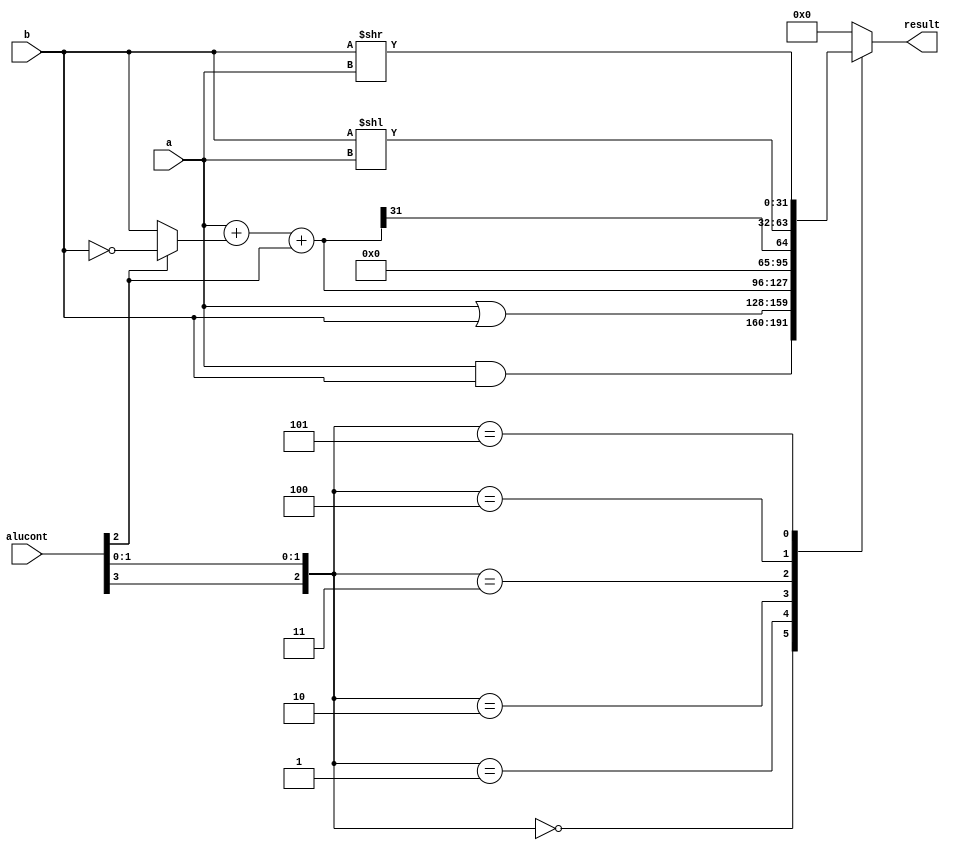
`timescale 1ns / 1ps
//////////////////////////////////////////////////////////////////////////////////
// Company: 
// Engineer: 
// 
// Design Name: 
// Module Name: alu
// Project Name: 
// Target Devices: 
// Tool Versions: 
// Description: 
// 
// Dependencies: 
// 
// Revision:
// Revision 0.01 - File Created
// Additional Comments:
// 
//////////////////////////////////////////////////////////////////////////////////


module alu #(parameter WIDTH = 32) (
    input       [WIDTH-1:0]     a, b,
    input       [3      :0]     alucont,
    output reg  [WIDTH-1:0]     result
    );
    
    wire    [WIDTH-1:0]     b2, sum, slt;
    wire    [2      :0]     alucontx;
    
    assign  b2  =   alucont[2] ? ~b : b;
    assign  sum =   a + b2 + alucont[2];
    assign  slt =   sum[WIDTH-1];
    
    assign  alucontx = {alucont[3], alucont[1:0]};
    
    always @(*)
        case (alucontx)
            3'b000: result <= a & b;
            3'b001: result <= a | b;
            3'b010: result <= sum;
            3'b011: result <= slt;
            3'b100: result <= b << a;       // sll
            3'b101: result <= b >> a;       // srl
            default:    result <= 32'b0;    // control never reach here
        endcase
endmodule